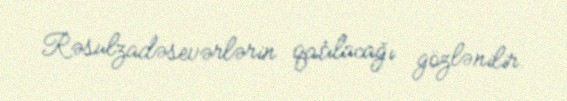
Rəsulzadəsevərlərin qatılacağı gözlənilir.